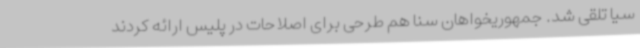
سیا تلقی شد. جمهوریخواهان سنا هم طرحی برای اصلاحات در پلیس ارائه کردند